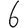
Digit: 6